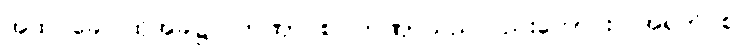
အထ ခေါ၊ ထိုအခါ၌။ တဏှာ စ၊ တဏှာသည်လည်းကောင်း။ အရတိ စ၊